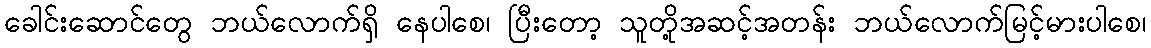
ခေါင်းဆောင်တွေ ဘယ်လောက်ရှိ နေပါစေ၊ ပြီးတော့ သူတို့အဆင့်အတန်း ဘယ်လောက်မြင့်မားပါစေ၊